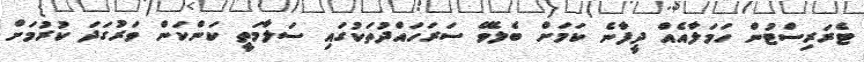
ޓެރަރިސްޓުން ހަމަލާއެއް ދީފާނެ ކަމަށް ބެލެވޭ ސަރަހައްދުތަކުގައި ސަލާމަތީ ކަންކަން ވަރުގަދަ ކުރުމަށް